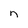
Character: n